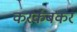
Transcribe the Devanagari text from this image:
करकंबकर